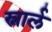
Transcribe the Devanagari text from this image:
स्नार्ल